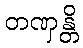
တဏှန္တိ